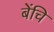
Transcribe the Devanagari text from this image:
बेंचि